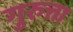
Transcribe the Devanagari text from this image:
गुरुत्ता